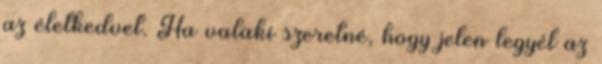
az életkedvet. Ha valaki szeretné, hogy jelen legyél az